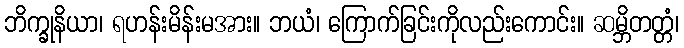
ဘိက္ခုနိယာ၊ ရဟန်းမိန်းမအား။ ဘယံ၊ ကြောက်ခြင်းကိုလည်းကောင်း။ ဆမ္ဘိတတ္တံ၊